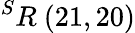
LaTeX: ^{S}R\ (21,20)